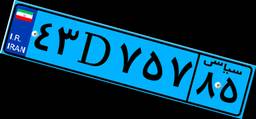
۴۳D۷۵۷۸۵